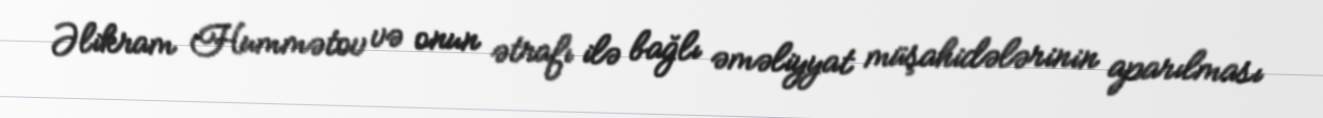
Əlikram Hummətov və onun ətrafı ilə bağlı əməliyyat müşahidələrinin aparılması